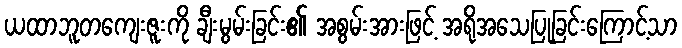
ယထာဘူတကျေးဇူးကို ချီးမွမ်းခြင်း၏ အစွမ်းအားဖြင့် အရိုအသေပြုခြင်းကြောင့်သာ